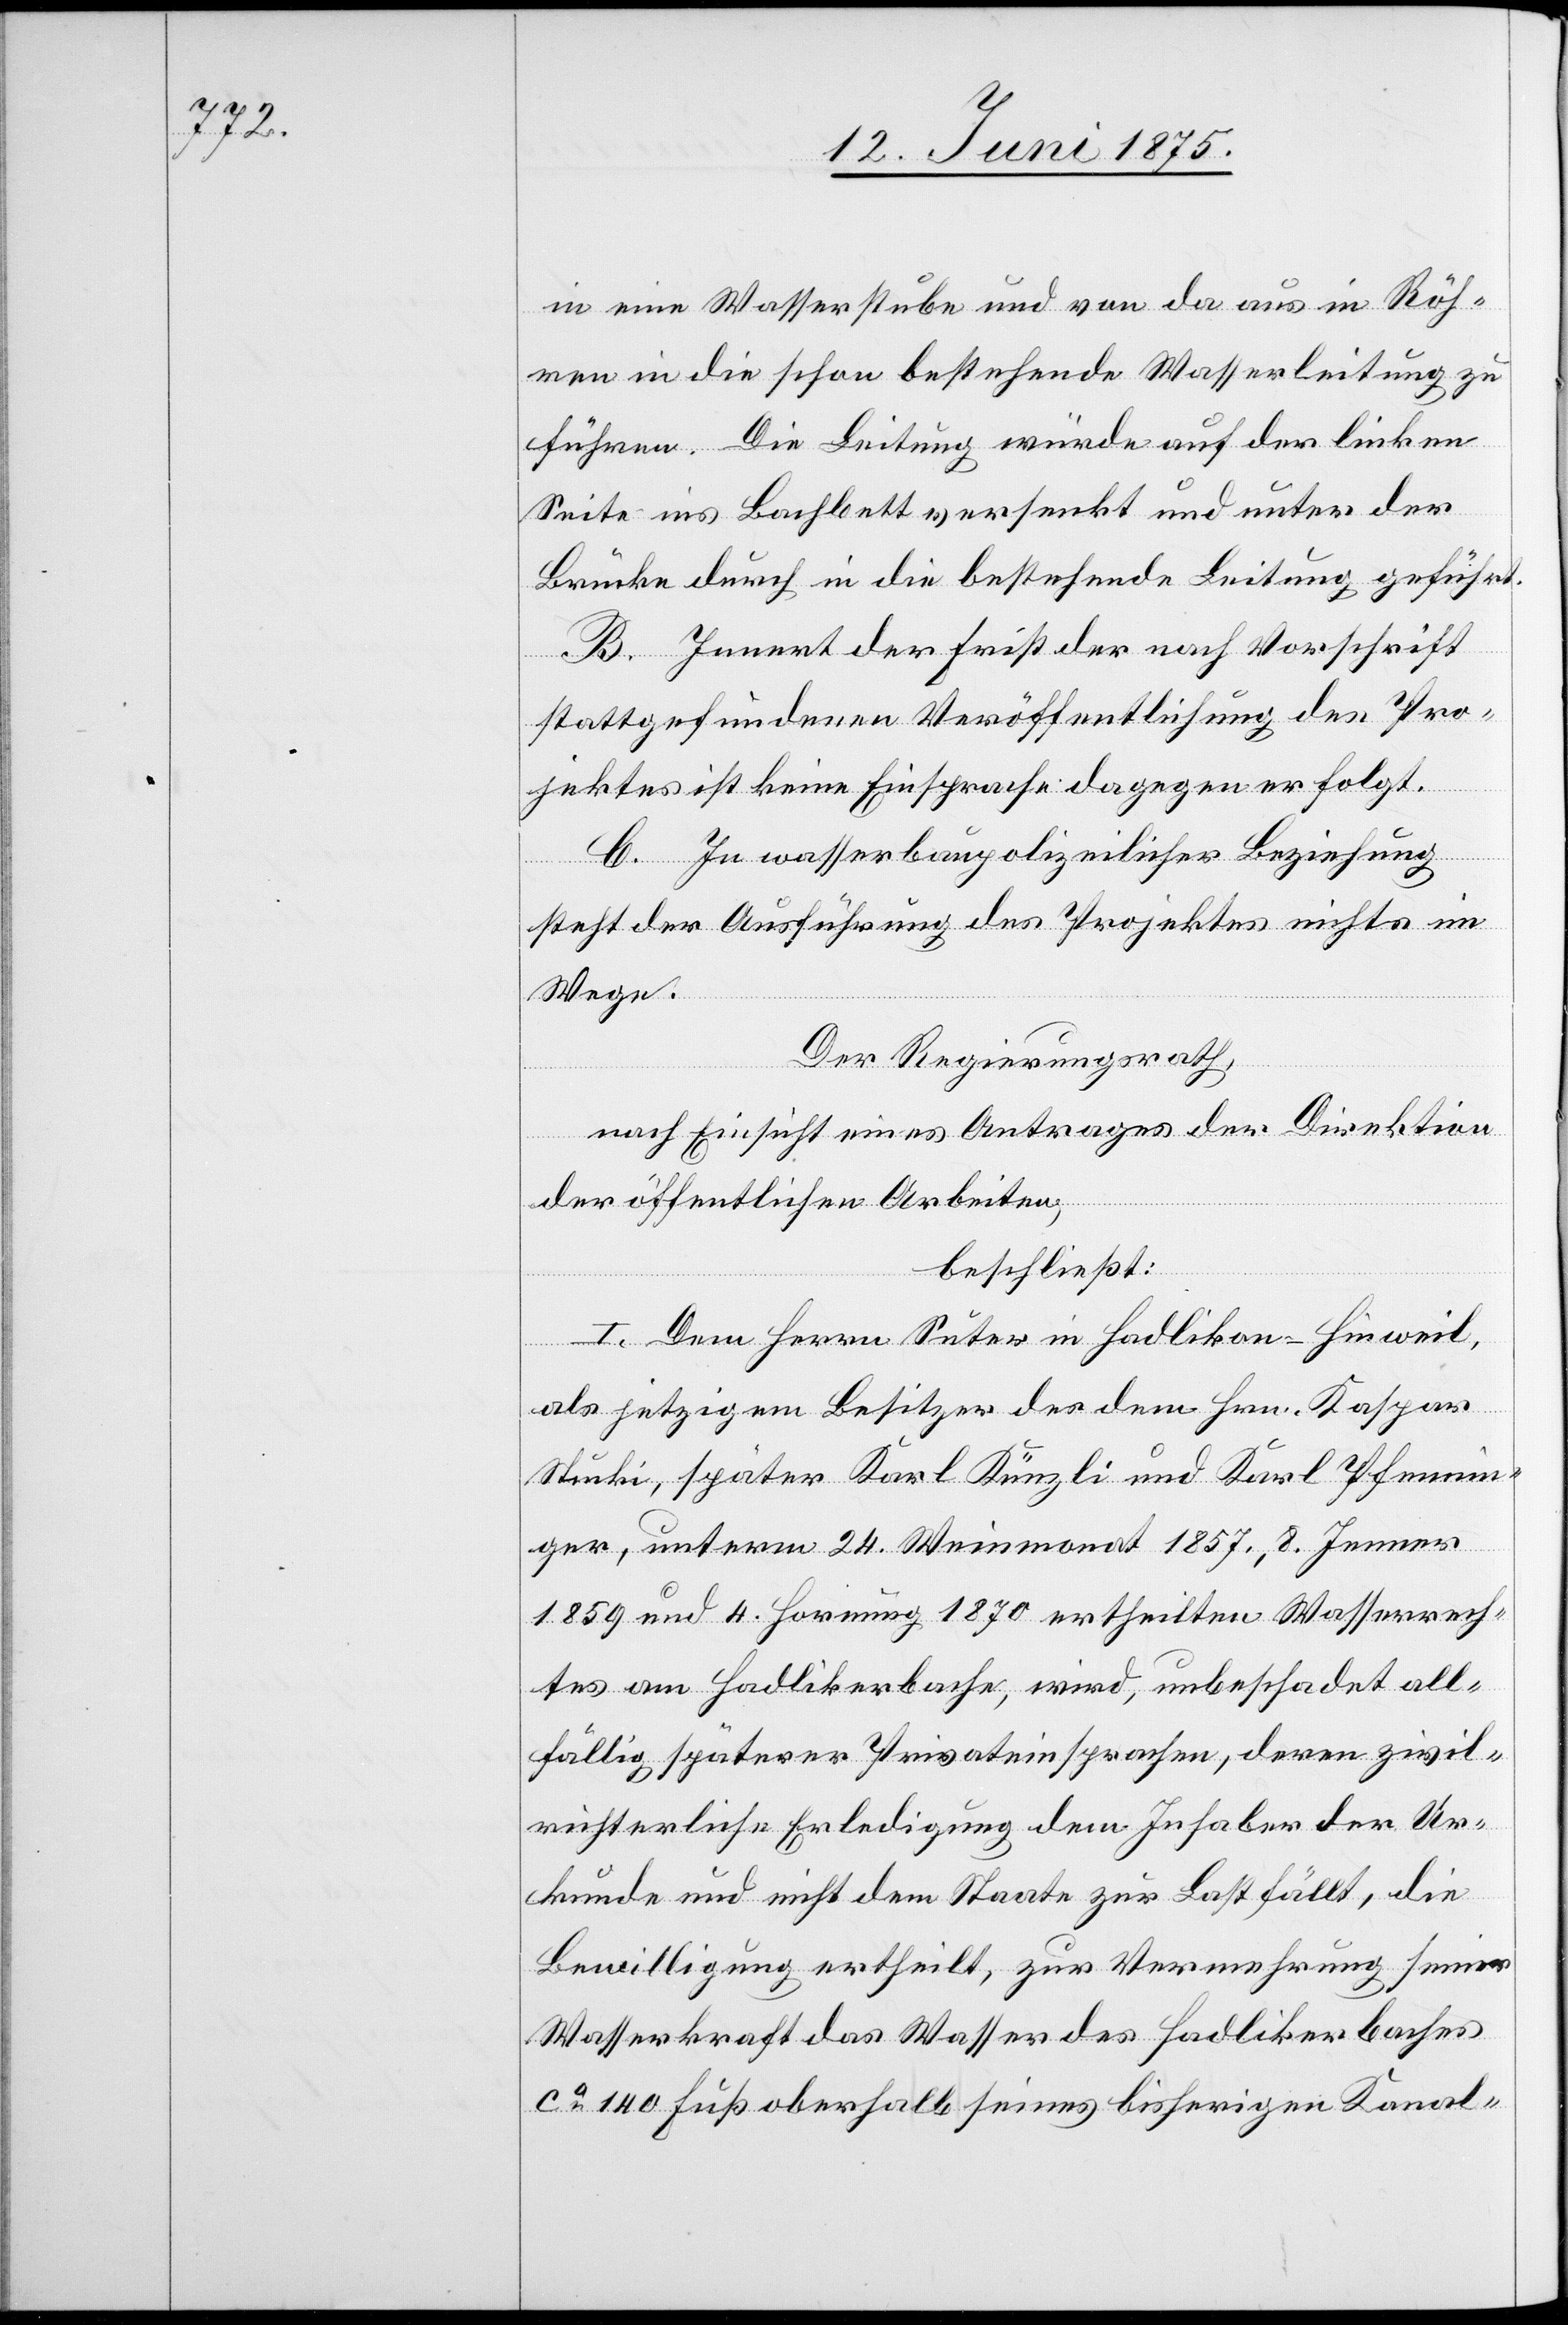
in eine Wasserstube und von da aus in Röh¬
ren in die schon bestehende Wasserleitung zu
führen. Die Leitung würde auf der linken
Seite ins Bachbett versenkt und unter der
Brücke durch in die bestehende Leitung geführt.
B. Innert der Frist der nach Vorschrift
stattgefundenen Veröffentlichung des Pro¬
jektes ist keine Einsprache dagegen erfolgt.
C. In wasserpolizeilicher Beziehung
steht der Ausführung des Projektes nichts im
Wege.
Der Regierungsrath,
nach Einsicht eines Antrages der Direktion
der öffentlichen Arbeiten,
beschließt:
I. Dem Herrn Suter in Hadlikon - Hinweil,
als jetzigem Besitzer der dem Hrn. Kaspar
Stucki, später Karl Künzli und Karl Pfennin¬
ger, unterm 24. Weinmonat 1857, 8. Jenner
1859 und 4. Hornung 1870 ertheilten Wasserrech¬
tes am Hadlikerbach, wird, unbeschadet all¬
fällig späterer Privateinsprachen, deren zivil¬
rechtliche Erledigung dem Inhaber der Ur¬
kunde und nicht dem Staate zur Last fällt, die
Bewilligung ertheilt, zur Vermehrung seiner
Wasserkraft das Wasser des Hadlikerbaches
ca 140 Fuß oberhalb seines bisherigen Kanal-